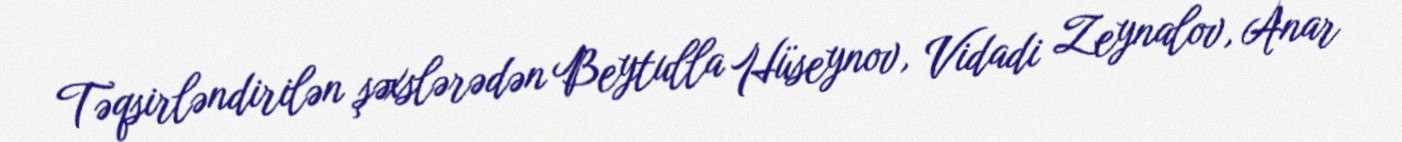
Təqsirləndirilən şəxslərədən Beytulla Hüseynov, Vidadi Zeynalov, Anar